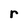
Character: r